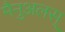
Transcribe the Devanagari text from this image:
मैनुअलस्